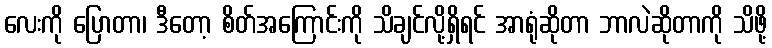
လေးကို ပြောတာ၊ ဒီတော့ စိတ်အကြောင်းကို သိချင်လို့ရှိရင် အာရုံဆိုတာ ဘာလဲဆိုတာကို သိဖို့